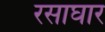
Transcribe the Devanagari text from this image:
रसाघार